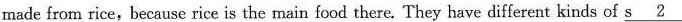
made from rice,because rice is the main food there. They have different kinds of \underline{s2}